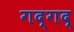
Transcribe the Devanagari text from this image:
गद्गद्